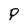
Character: P